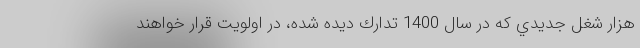
هزار شغل جديدي كه در سال 1400 تدارك ديده شده، در اولويت قرار خواهند